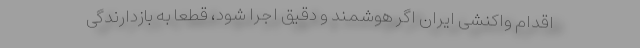
اقدام واکنشی ایران اگر هوشمند و دقیق اجرا شود، قطعاً به بازدارندگی